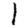
Digit: 1